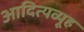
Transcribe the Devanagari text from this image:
आदित्यव्यूह